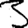
Digit: 3